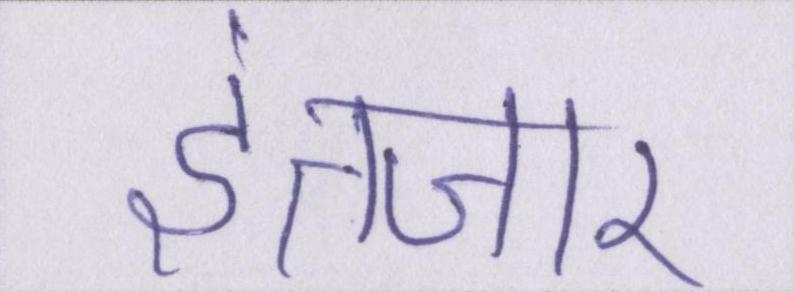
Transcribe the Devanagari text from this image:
इंतजार